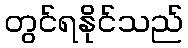
တွင်ရနိုင်သည်